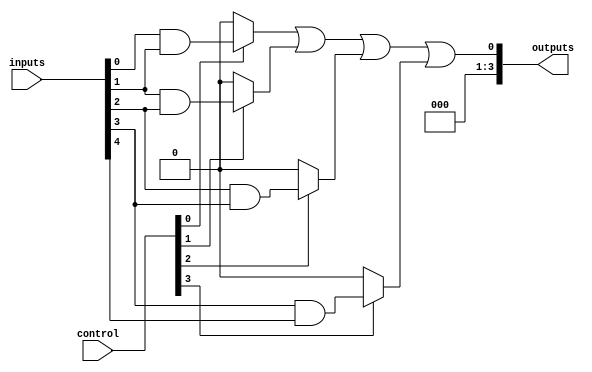
module HS_PAL (
    input wire [N-1:0] inputs,       // Input lines
    input wire [M-1:0] control,      // Control signals for programming AND gates
    output wire [P-1:0] outputs       // Output lines
);

// Parameter definitions
parameter N = 8;                    // Number of input lines
parameter M = 16;                   // Number of programmable AND gates
parameter P = 4;                    // Number of OR outputs
parameter K = 4;                    // Number of product terms per OR gate

// Programmable AND array
wire [M-1:0] and_outputs [K-1:0];  // Outputs of AND gates for each product term

genvar i, j;
generate
    for (i = 0; i < K; i = i + 1) begin : and_array
        for (j = 0; j < M; j = j + 1) begin : and_gate
            assign and_outputs[i][j] = (control[j]) ? (inputs[j] & inputs[j+1]) : 1'b0;
        end
    end
endgenerate

// Fixed OR array combining product terms
wire [P-1:0] or_outputs [K-1:0];

generate
    for (i = 0; i < P; i = i + 1) begin : or_array
        assign or_outputs[i] = and_outputs[i][0] | and_outputs[i][1] | and_outputs[i][2] | and_outputs[i][3];
    end
endgenerate

// Final outputs
assign outputs = or_outputs[0][0]; // Example: connect the first OR output to the output lines

endmodule